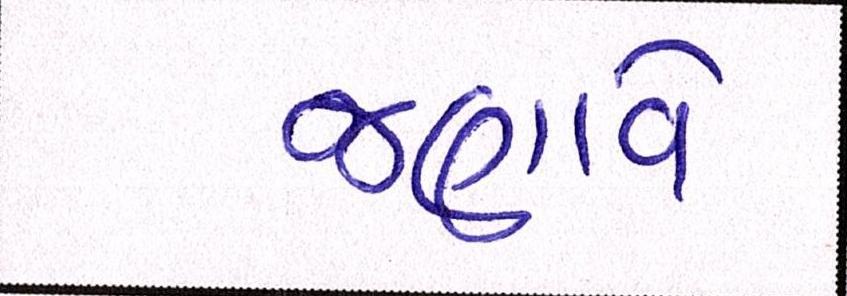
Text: જણાવે